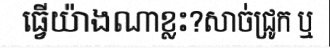
ធ្វើយ៉ាងណាខ្លះ?សាច់ជ្រូក ឬ